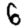
Digit: 6